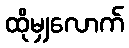
ထိုမျှလောက်